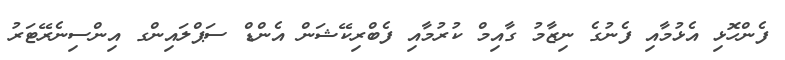
ފެންހޮޅި އެޅުމާއި ފެނުގެ ނިޒާމު ގާއިމް ކުރުމާއި ފެބްރިކޭޝަން އެންޑް ސަޕްލައިންގ އިންސިނެރޭޓަރު